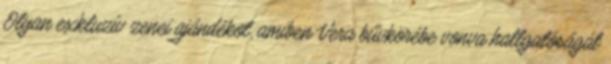
Olyan exkluzív zenei ajándékot, amiben Vera bűvkörébe vonva hallgatóságát